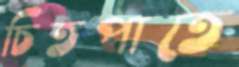
চিতপাতে